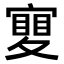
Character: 𡕹